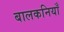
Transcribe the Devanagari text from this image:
बालकनियाँ